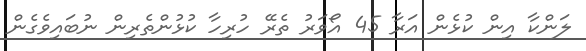
ލަންކާ އިން ކުޅެން އަރާ 45 އޯވަރު ތެރޭ ހުރިހާ ކުޅުންތެރިން ނުބައިވެގެން